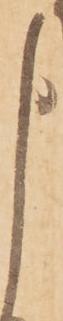
申